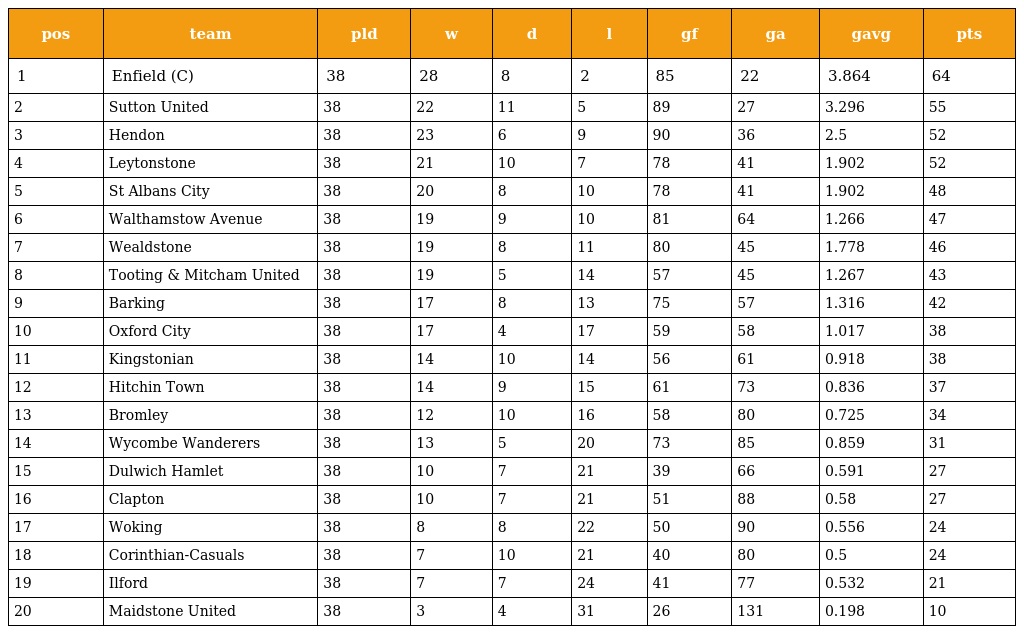
| pos | team | pld | w | d | l | gf | ga | gavg | pts |
 | --- | --- | --- | --- | --- | --- | --- | --- | --- | --- |
 | 1 | Enfield (C) | 38 | 28 | 8 | 2 | 85 | 22 | 3.864 | 64 |
 | 2 | Sutton United | 38 | 22 | 11 | 5 | 89 | 27 | 3.296 | 55 |
 | 3 | Hendon | 38 | 23 | 6 | 9 | 90 | 36 | 2.5 | 52 |
 | 4 | Leytonstone | 38 | 21 | 10 | 7 | 78 | 41 | 1.902 | 52 |
 | 5 | St Albans City | 38 | 20 | 8 | 10 | 78 | 41 | 1.902 | 48 |
 | 6 | Walthamstow Avenue | 38 | 19 | 9 | 10 | 81 | 64 | 1.266 | 47 |
 | 7 | Wealdstone | 38 | 19 | 8 | 11 | 80 | 45 | 1.778 | 46 |
 | 8 | Tooting & Mitcham United | 38 | 19 | 5 | 14 | 57 | 45 | 1.267 | 43 |
 | 9 | Barking | 38 | 17 | 8 | 13 | 75 | 57 | 1.316 | 42 |
 | 10 | Oxford City | 38 | 17 | 4 | 17 | 59 | 58 | 1.017 | 38 |
 | 11 | Kingstonian | 38 | 14 | 10 | 14 | 56 | 61 | 0.918 | 38 |
 | 12 | Hitchin Town | 38 | 14 | 9 | 15 | 61 | 73 | 0.836 | 37 |
 | 13 | Bromley | 38 | 12 | 10 | 16 | 58 | 80 | 0.725 | 34 |
 | 14 | Wycombe Wanderers | 38 | 13 | 5 | 20 | 73 | 85 | 0.859 | 31 |
 | 15 | Dulwich Hamlet | 38 | 10 | 7 | 21 | 39 | 66 | 0.591 | 27 |
 | 16 | Clapton | 38 | 10 | 7 | 21 | 51 | 88 | 0.58 | 27 |
 | 17 | Woking | 38 | 8 | 8 | 22 | 50 | 90 | 0.556 | 24 |
 | 18 | Corinthian-Casuals | 38 | 7 | 10 | 21 | 40 | 80 | 0.5 | 24 |
 | 19 | Ilford | 38 | 7 | 7 | 24 | 41 | 77 | 0.532 | 21 |
 | 20 | Maidstone United | 38 | 3 | 4 | 31 | 26 | 131 | 0.198 | 10 |